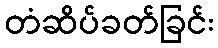
တံဆိပ်ခတ်ခြင်း